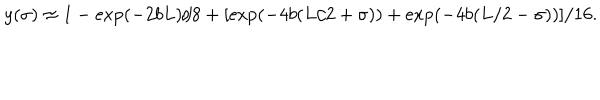
y ( \sigma ) \approx 1 - \exp ( - 2 b L ) / 8 + [ \exp ( - 4 b ( L / 2 + \sigma ) ) + \exp ( - 4 b ( L / 2 - \sigma ) ) ] / 1 6 .